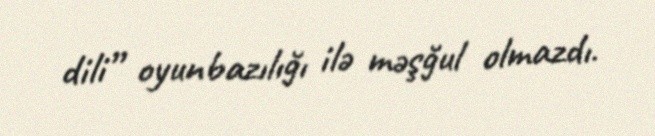
dili” oyunbazılığı ilə məşğul olmazdı.